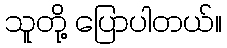
သူတို့ ပြောပါတယ်။